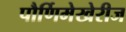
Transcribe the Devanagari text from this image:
पौर्णिमेखेरीज